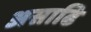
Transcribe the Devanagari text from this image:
असाढि